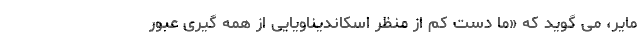
مایر، می گوید که «ما دست کم از منظر اسکاندیناویایی از همه گیری عبور